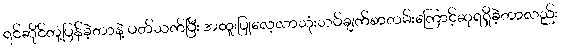
ရင်ဆိုင်တုံ့ပြန်ခဲ့တာနဲ့ ပတ်သက်ပြီး အထူးပြုလေ့လာသုံးသပ်ချက်စာတမ်းကြောင့်ဆုရရှိခဲ့တာလည်း